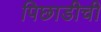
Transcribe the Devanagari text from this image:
पिछाडीची